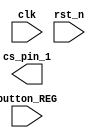
`timescale 1ns / 1ps
//////////////////////////////////////////////////////////////////////////////////
// Company: Tianjin University
// 
// Design Name: 
// Module Name: Syn_top
// Project Name: 
// Target Devices: 
// Tool Versions: 
// Description: 
// 
// Dependencies: 
// 
// Revision:
// Revision 0.01 - File Created
// Additional Comments:
// 
//////////////////////////////////////////////////////////////////////////////////


module Syn_top(
    input clk,
    input rst_n,
    input button_REG,
    
    output reg [4:0] cs_pin_1
    );


 
endmodule